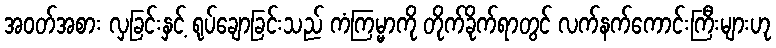
အဝတ်အစား လှခြင်းနှင့် ရုပ်ချောခြင်းသည် ကံကြမ္မာကို တိုက်ခိုက်ရာတွင် လက်နက်ကောင်းကြီးများဟု